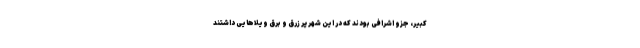
کبیر، جزو اشرافی بودند که در این شهر پر زرق و برق ویلاهایی داشتند